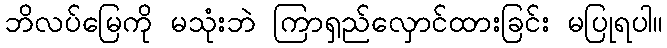
ဘိလပ်မြေကို မသုံးဘဲ ကြာရှည်လှောင်ထားခြင်း မပြုရပါ။